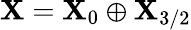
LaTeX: {\cal\mathbf{X}}={\cal\mathbf{X}}_{0}\oplus{\cal\mathbf{X}}_{3/2}